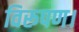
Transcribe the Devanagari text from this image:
विरूपण।